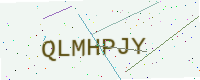
Text: QLMHPJY